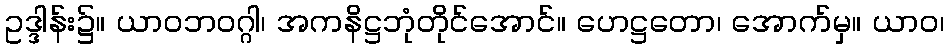
ဥဒ္ဒါန်း၌။ ယာဝဘဝဂ္ဂါ၊ အကနိဋ္ဌဘုံတိုင်အောင်။ ဟေဋ္ဌတော၊ အောက်မှ။ ယာဝ၊